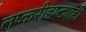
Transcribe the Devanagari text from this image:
लष्करीदृष्ट्याही